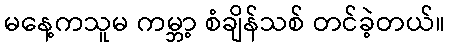
မနေ့ကသူမ ကမ္ဘာ့ စံချိန်သစ် တင်ခဲ့တယ်။